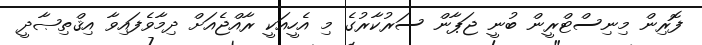
ފޮރިން މިނިސްޓްރީން ބުނީ ޖަޕާން ސަރުކާރުގެ މި އެހީއަކީ ރާއްޖެއަށް ދިމާވެފައިވާ އިޤްތިޞާދީ